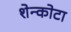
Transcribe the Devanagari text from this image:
शेन्कोटा